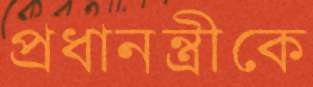
প্রধানন্ত্রীকে